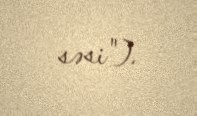
səsi").